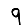
Digit: 9